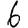
Digit: 6